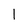
Character: 1